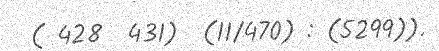
( 428  431)  (11/470) : (5299)).